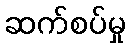
ဆက်စပ်မှု